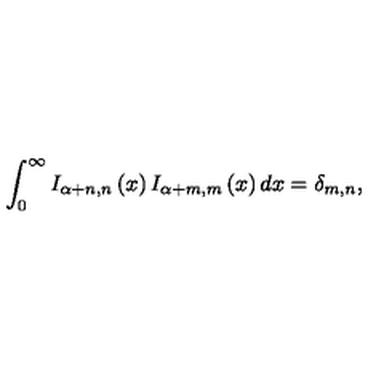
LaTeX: \int _ { 0 } ^ { \infty } I _ { \alpha + n , n } \left( x \right) I _ { \alpha + m , m } \left( x \right) d x = \delta _ { m , n } ,